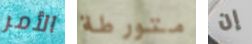
الأمر متورطة إن